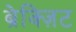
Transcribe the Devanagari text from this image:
ब्रेक्ज़िट